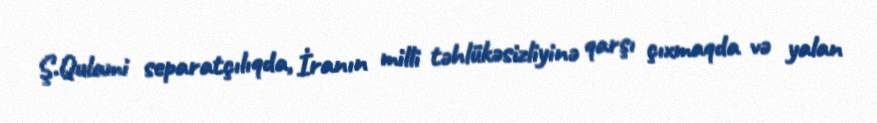
Ş.Qulami separatçılıqda, İranın milli təhlükəsizliyinə qarşı çıxmaqda və yalan